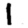
Digit: 1